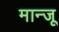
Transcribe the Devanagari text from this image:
मान्जू